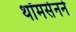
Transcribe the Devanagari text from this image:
थॉमसेनने